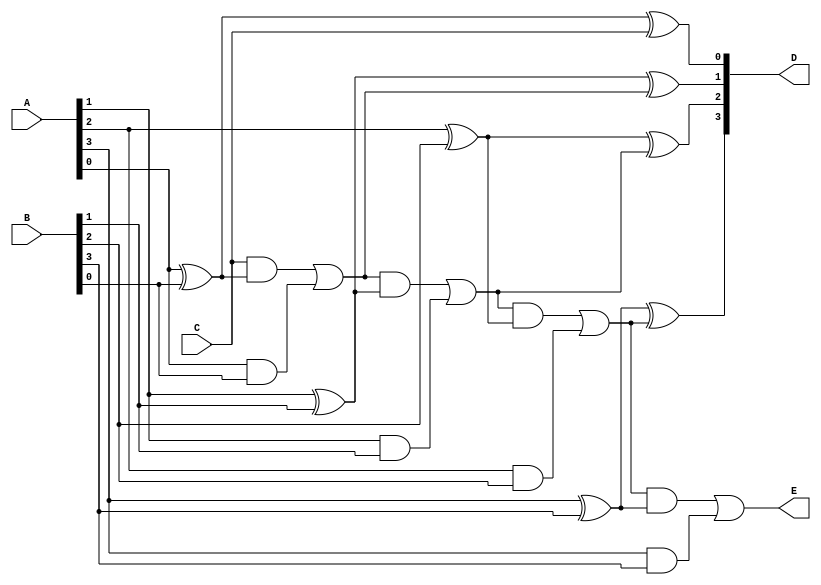
module HW_3( A, B, C, D, E );
//D is sum 
//E is carry-out
input[3:0] A, B;
input C;
output[3:0] D;
output E;

wire W[3:0];
wire tmp[4:0];

assign tmp[0] = C;

genvar idx;
generate
	for(idx = 0;idx < 4;idx = idx +1)
	begin: m
		assign W[idx] = A[idx] ^ B[idx];
		assign D[idx] = W[idx] ^ tmp[idx];
		assign tmp[idx+1] = (tmp[idx] & W[idx]) | (A[idx] & B[idx]);
	end
endgenerate

assign E = tmp[4];

endmodule

//7408 7432 2*7486 1*switch
//4*and 4*or 8*xor 1*switch